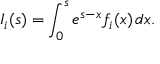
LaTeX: I _ { i } ( s ) = \int _ { 0 } ^ { s } e ^ { s - x } f _ { i } ( x ) \, d x .